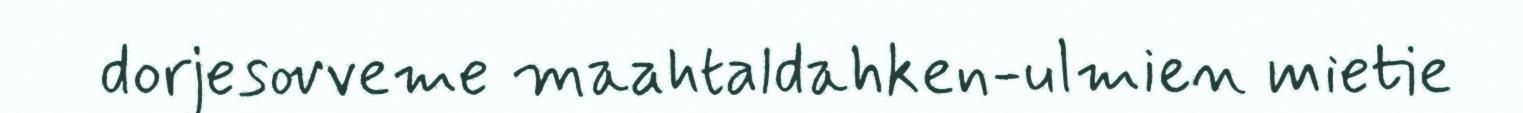
dorjesovveme maahtaldahken-ulmien mietie